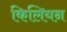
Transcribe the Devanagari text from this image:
किलियन